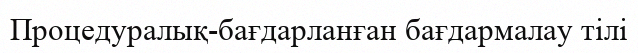
Процедуралық-бағдарланған бағдармалау тілі